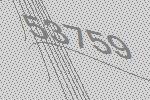
53759